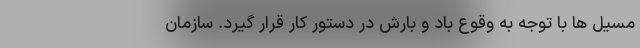
مسیل ها با توجه به وقوع باد و بارش در دستور کار قرار گیرد. سازمان